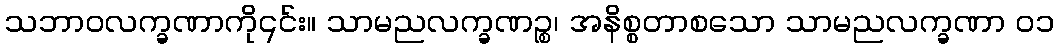
သဘာဝလက္ခဏာကို၎င်း။ သာမညလက္ခဏဉ္စ၊ အနိစ္စတာစသော သာမညလက္ခဏာ ၀၁